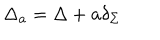
LaTeX: \Delta _ { \bf a } = \Delta + { \bf a } \delta _ { \Sigma }